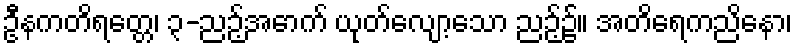
ဦနကတိရတ္တေ၊ ၃-ညဉ့်အောက် ယုတ်လျော့သော ညဉ့်၌။ အတိရေကညိနော၊